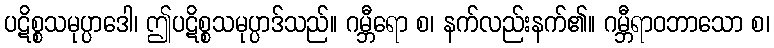
ပဋိစ္စသမုပ္ပာဒေါ၊ ဤပဋိစ္စသမုပ္ပာဒ်သည်။ ဂမ္ဘီရော စ၊ နက်လည်းနက်၏။ ဂမ္ဘီရာဝဘာသော စ၊